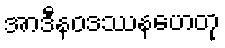
အာဒီနဝဒဿနဟေတု